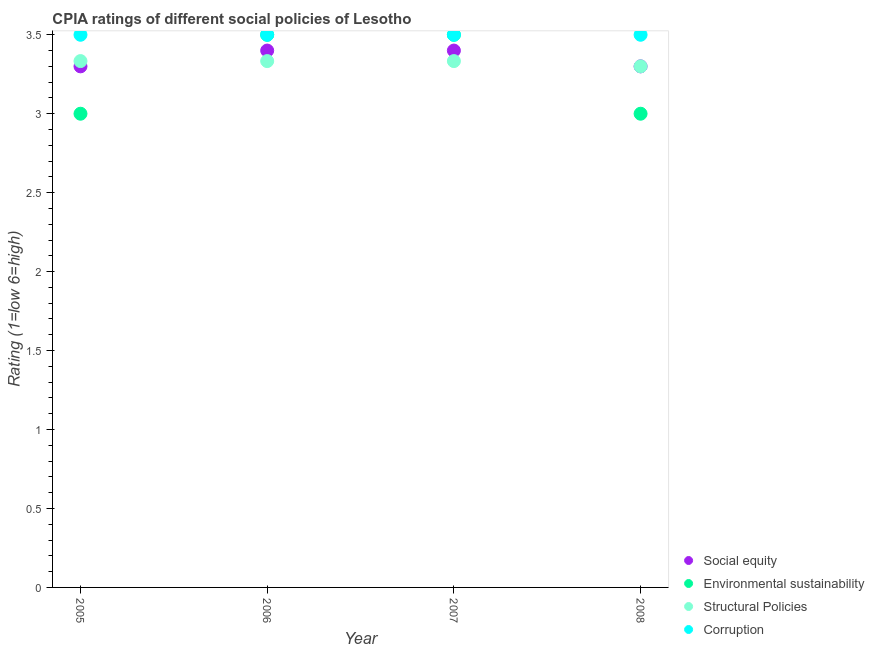
| Year | Social equity | Environmental sustainability | Structural Policies | Corruption |
 | --- | --- | --- | --- | --- |
 | 2005 | 3.3 | 3 | 3.33 | 3.5 |
 | 2006 | 3.4 | 3.5 | 3.33 | 3.5 |
 | 2007 | 3.4 | 3.5 | 3.33 | 3.5 |
 | 2008 | 3.3 | 3 | 3.3 | 3.5 |